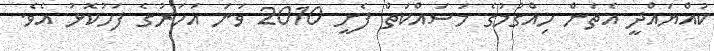
ކުއްޔައްދީ އެތަން ހިއްގުމުގެ މަސައްކަތް ފެށީ 2010 ވަނަ އަހަރުގެ ފަހުކޮޅު އެވެ.